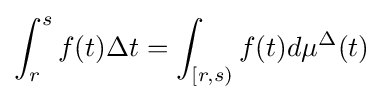
\int _{r}^{s}f(t)\Delta t=\int _{[r,s)}f(t)d\mu ^{\Delta }(t)